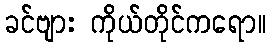
ခင်ဗျား ကိုယ်တိုင်ကရော။